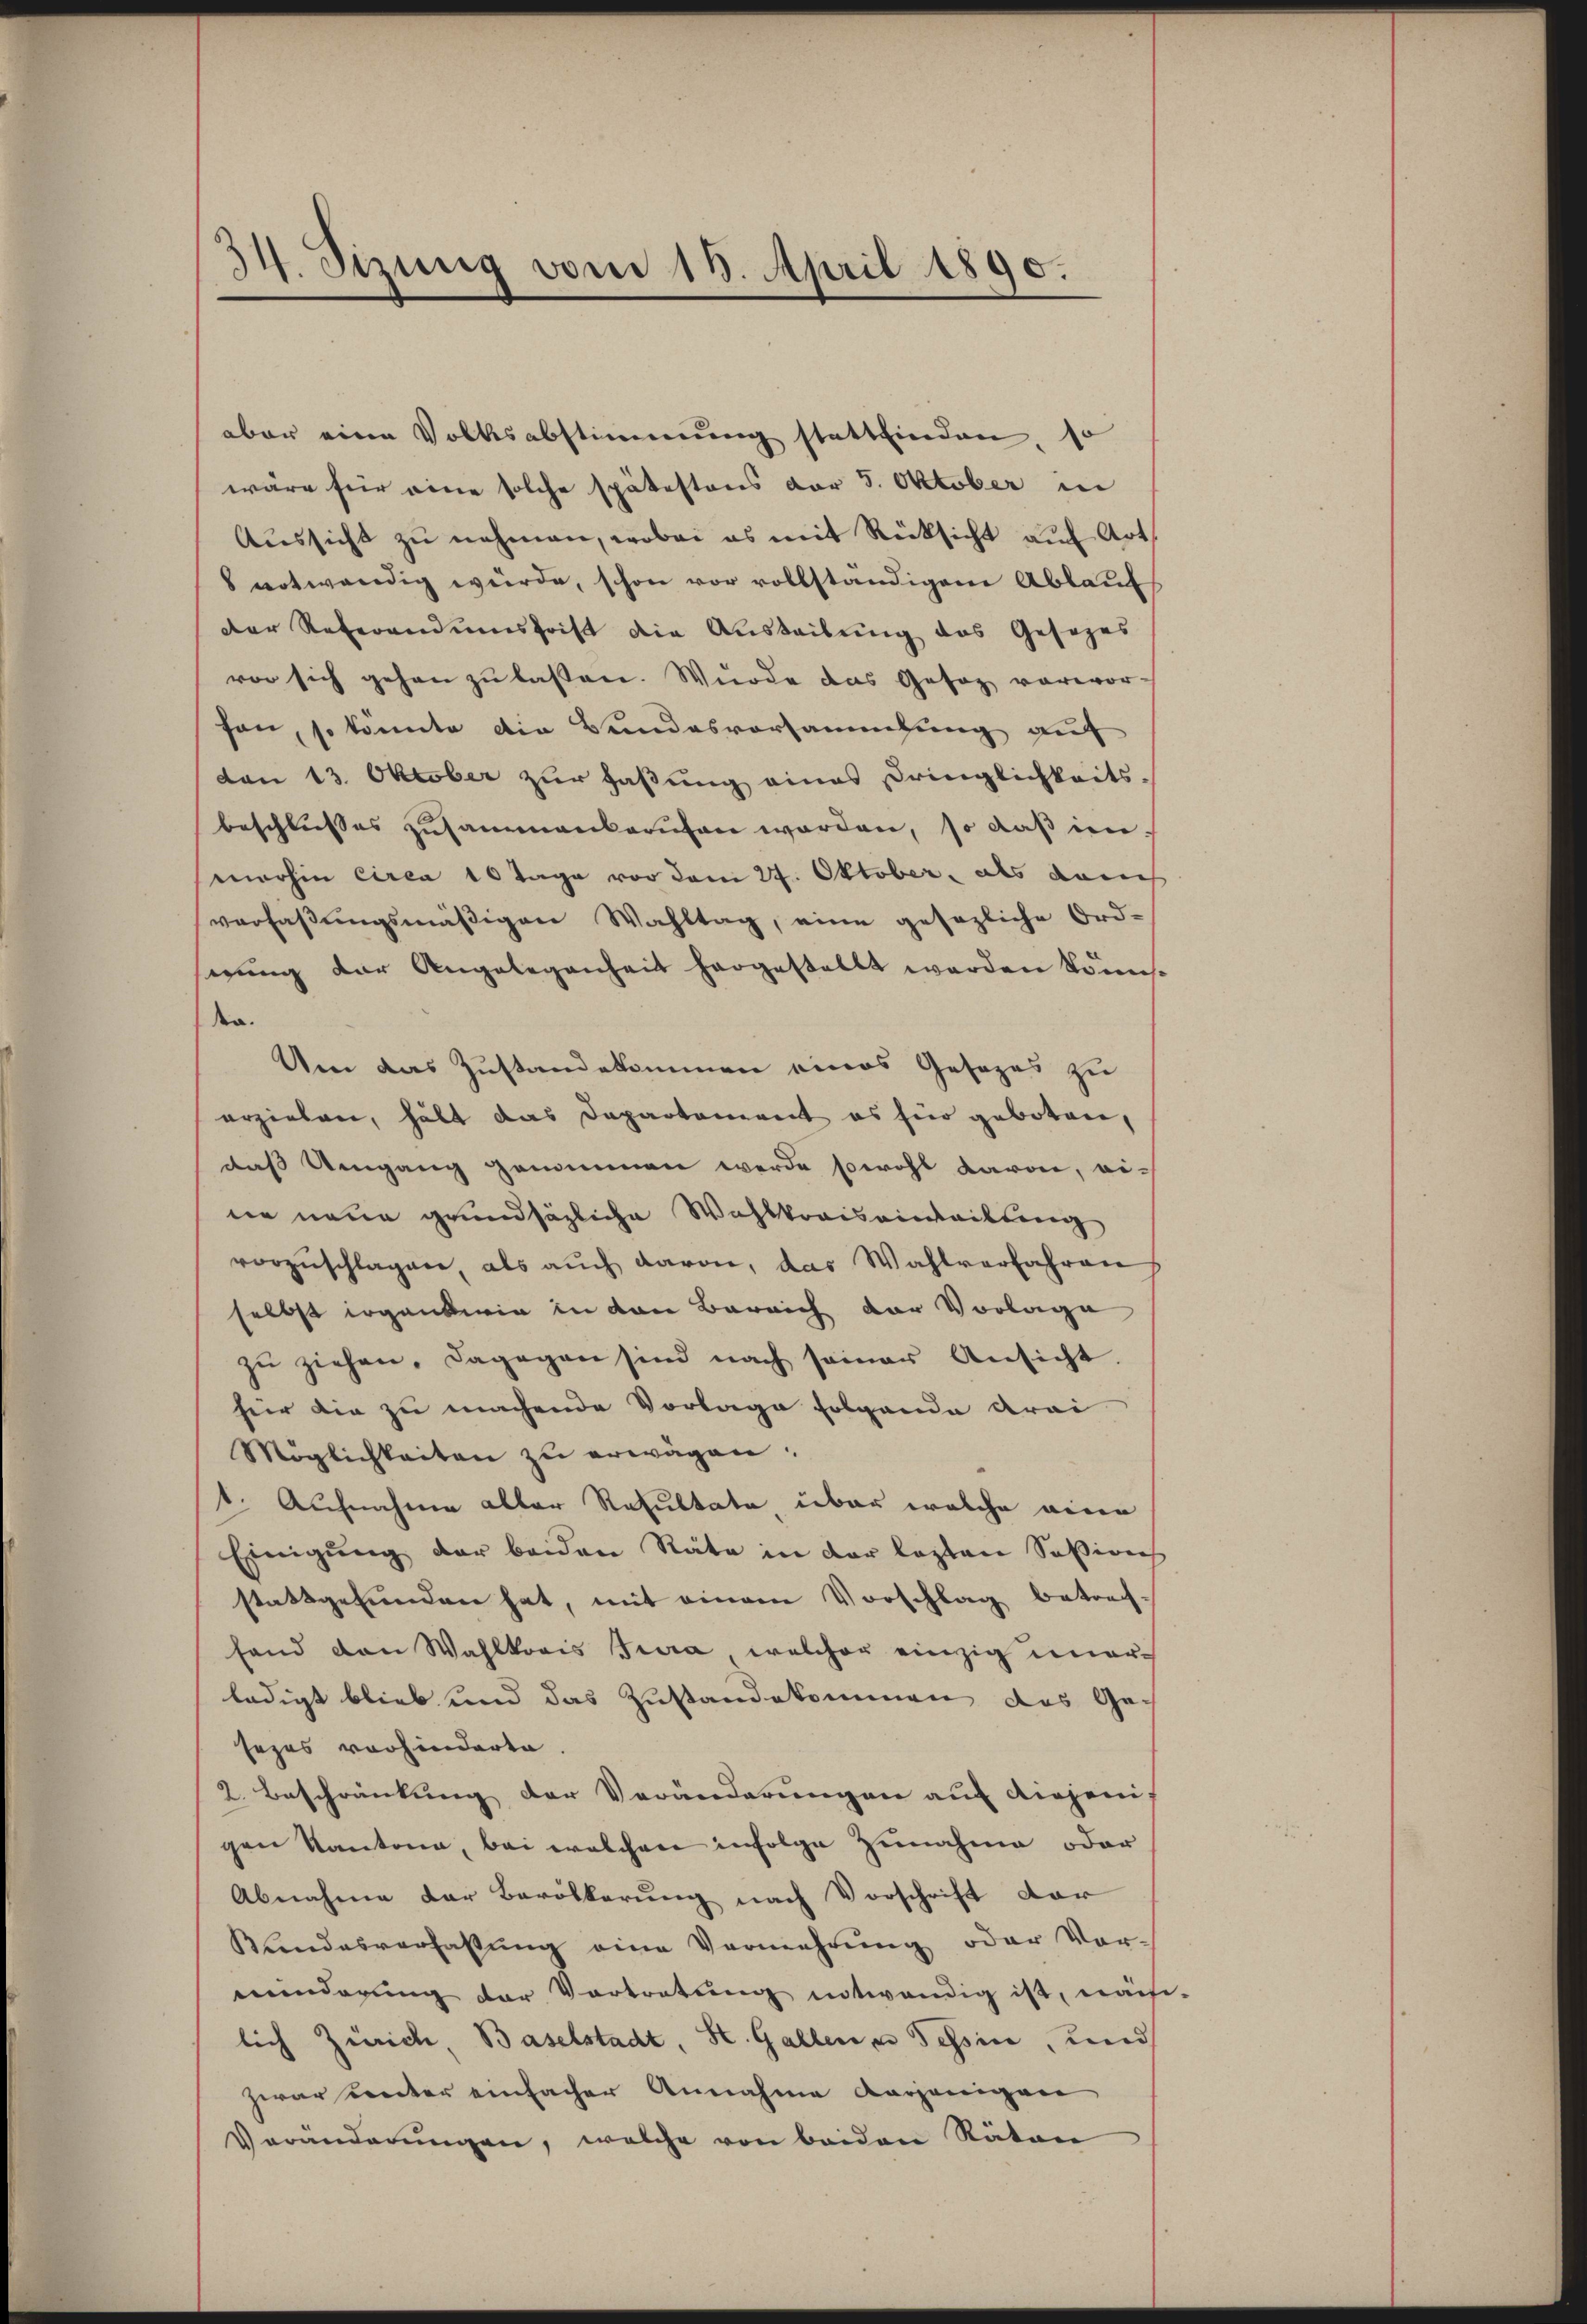
34. Sizung vom 18. April 1890.

aber eine Volksabstimmung stattfinden, so
wäre für eine solche spätestens der 5. Oktober in
Aŭssicht zŭ nehmen, wobei es mit Rücksicht auf Art.
8 notwendig würde, schon vor vollständigem Ablauf
der Referandumsfrist die Austribung des Gesezes
vor sich gehen zu laßen. Würde das Gesag vorwor-
fon, so könnte die Bundesvorsammlung auf
den 13. Oktober zur Faßung eines Dringlichkeits-
beschliesses zusammenberufen worden, so daß in
merhin circa 10 Tage vor dem 27. Oktober, als darin
verfaβŭngsmäβigen Wahltag, eine gesezliche Ord-
gung der Angelegenheit hergestellt werden könnden.
Um das Zustandekommen eines Gesezes zu
erziehen, hält das Departement es für geboten,
daß Umgang genommen werde sowohl davon, eine neue grundsäzliche Wahlkowisainteilung
vorzŭschlagen, als auch davon, das Wahlverfahren
selbst ergankwie in den Bereich der Vorlage
zŭ ziehen, dagegen sind nach seiner Ansicht.
für die zu machende Vorlage folgende Krei
Möglichkeiten zu erwägen.
k. Aufnahme aller Resultate, über welche eine
Einigung der beiden Räte in der lezten Sation
stattgefunden hat, mit einem Vorschlag betrach-
fand den Wahlkreis Jura, welcher einzig umar
ledigt blieb und das Zustandekommen des Ges
sezes vorhinderte.
2. Beschränkung der Veränderungen auf diejeni
gen Kantona, bei welchen infolge Zunahme oder
Abnahme der Bevölkerung nach Vorschrift dar
Kundesverfassŭng eine Vermehrung oder Vor-
minderŭng der Vortretŭng entwendig ist, nach-
lich Zürich, Baselstadt, St. Gallen es Tessin, und
zwar Leiter einfacher Annahme derjenigen
Veränderŭngen, welche von beiden Räten